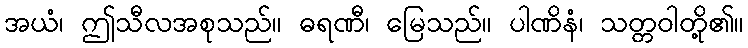
အယံ၊ ဤသီလအစုသည်။ ဓရဏီ၊ မြေသည်။ ပါဏိနံ၊ သတ္တဝါတို့၏။